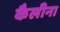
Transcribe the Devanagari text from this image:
कैलीना